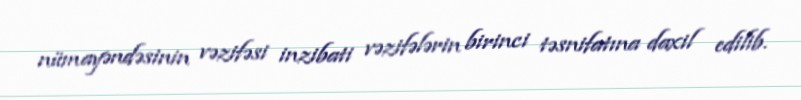
nümayəndəsinin vəzifəsi inzibati vəzifələrin birinci təsnifatına daxil edilib.